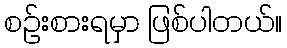
စဉ်းစားရမှာ ဖြစ်ပါတယ်။